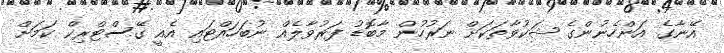
އޭނާގެ އަންހެނުންގެ ޝަކުވާތަކަށް ނަރުހުން މާބޮޑު ފަރުވާލެއް ނުބަހައްޓައި އެއީ ގޭސްޓްރިކް ކަމަށް